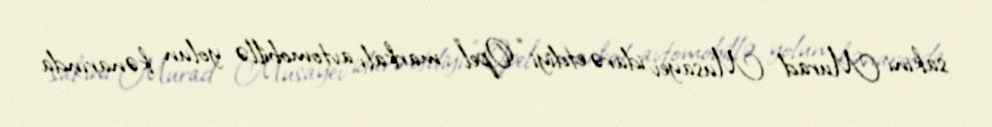
sakini Murad Musayev idarə etdiyi “Opel” markalı avtomobillə yolun kənarında